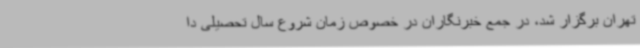
تهران برگزار شد، در جمع خبرنگاران در خصوص زمان شروع سال تحصیلی دا